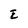
Character: E